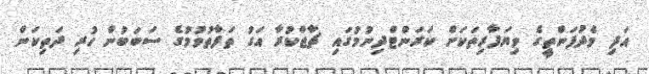
އަދި މެދުފަންތީގެ ވިޔަފާރިތަކަށް ކަރަންޓްދިނުމުގައި ޗާޖްކުރާ އަގު ތަފާތުވުމުގެ ސަބަބުން ހުރި ދަތިކަން